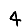
Digit: 4